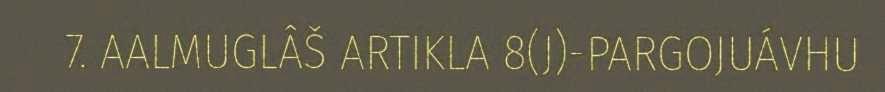
7. AALMUGLÂŠ ARTIKLA 8(J)-PARGOJUÁVHU